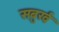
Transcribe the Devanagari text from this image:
सबुर्ख